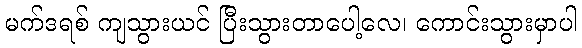
မက်ဒရစ် ကျသွားယင် ပြီးသွားတာပေါ့လေ၊ ကောင်းသွားမှာပါ